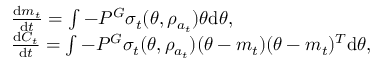
\begin{array} { r l } & { \frac { \mathrm { d } m _ { t } } { \mathrm { d } t } = \int - P ^ { G } \sigma _ { t } ( \theta , \rho _ { a _ { t } } ) \theta \mathrm { d } \theta , } \\ & { \frac { \mathrm { d } C _ { t } } { \mathrm { d } t } = \int - P ^ { G } \sigma _ { t } ( \theta , \rho _ { a _ { t } } ) ( \theta - m _ { t } ) ( \theta - m _ { t } ) ^ { T } \mathrm { d } \theta , } \end{array}